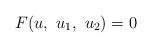
LaTeX: \begin{align*}F(u,\ u_1,\ u_2)=0\end{align*}